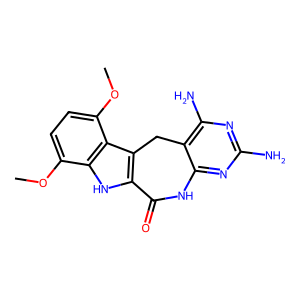
SMILES: COc1ccc(OC)c2c3c([nH]c12)C(=O)Nc1nc(N)nc(N)c1C3
Inhibits HIV replication: No